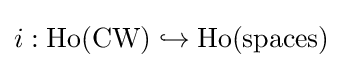
i:\operatorname {Ho} ({\textrm {CW}})\hookrightarrow \operatorname {Ho} ({\textrm {spaces}})